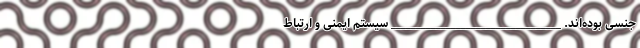
جنسی بوده‌اند. __________________________________ سیستم ایمنی و ارتباط